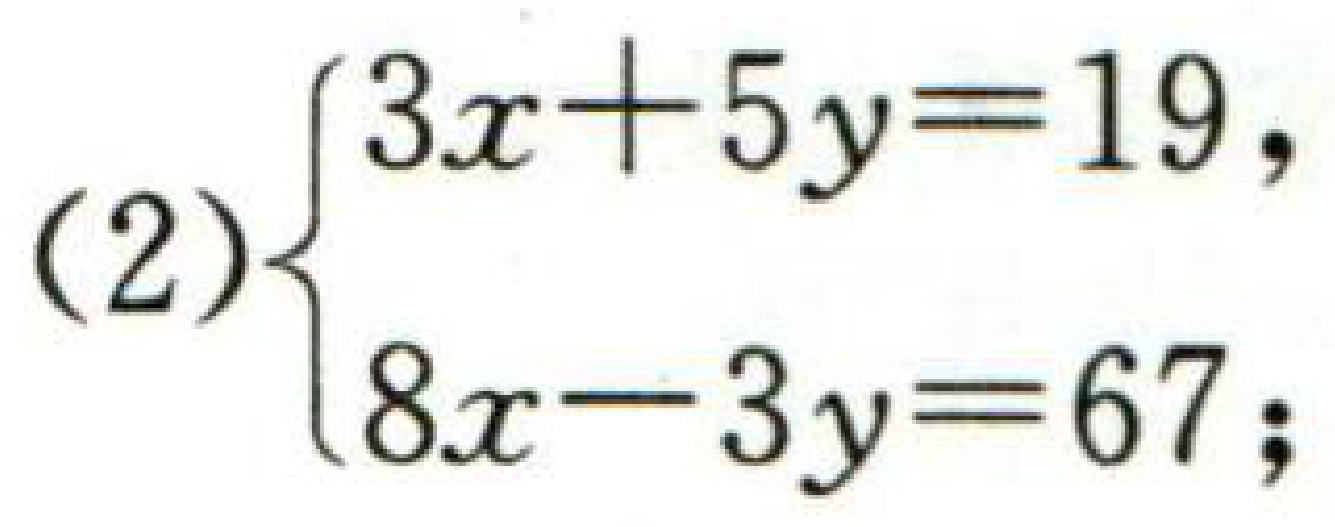
(2)$\begin{cases}3x + 5y = 19,\\8x - 3y = 67;\end{cases}$